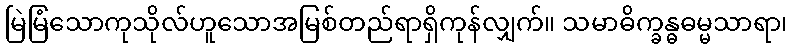
မြဲမြံသောကုသိုလ်ဟူသောအမြစ်တည်ရာရှိကုန်လျှက်။ သမာဓိက္ခန္ဓဓမ္မသာရာ၊